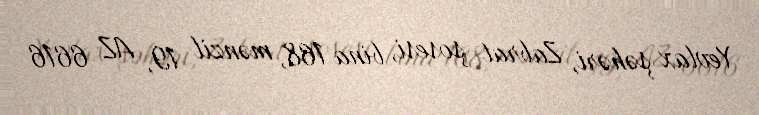
Yevlax şəhəri, Zabrat şosesi, bina 168, mənzil 19, AZ 6616